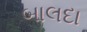
બાલદા